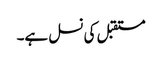
مستقبل کی نسل ہے۔